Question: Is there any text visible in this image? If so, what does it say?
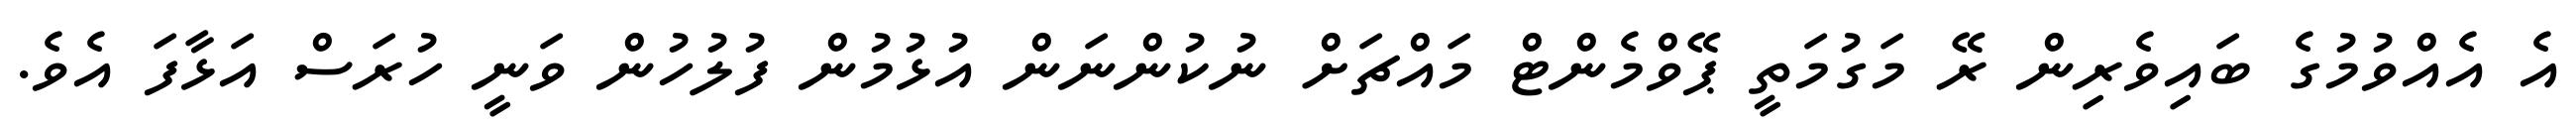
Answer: އެ އެއްވުމުގެ ބައިވެރިން ރޭ މަގުމަތީ ޕޭވްމެންޓް މައްޗަށް ނުކުންނަން އުޅުމުން ފުލުހުން ވަނީ ހުރަސް އަޅާފަ އެވެ.